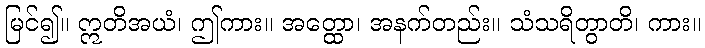
မြင်၍။ ဣတိအယံ၊ ဤကား။ အတ္ထော၊ အနက်တည်း။ သံသရိတွာတိ၊ ကား။